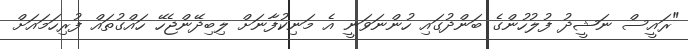
"ރައީސް ނަޝީދު ފުލުހުންގެ ބަންދުގައި ހުންނަވަނީ އެ މަނިކުފާނަށް ލިބިދޭންޖެހޭ ހައްގުތައް ފުރިހަމައަށް